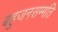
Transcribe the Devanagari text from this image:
बहुजनसम्मति